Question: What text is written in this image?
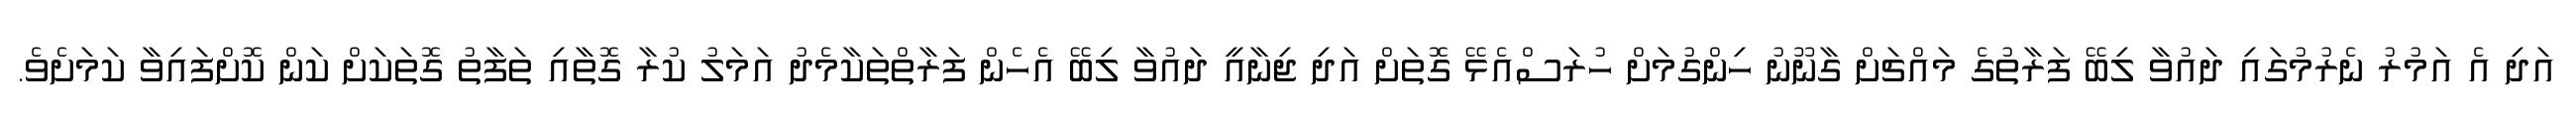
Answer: އަދި އެ އަމުރު ނެރުމުގައި ދައުވާ ލިބޭ ފަރާތުގެ މައްޗަށް ގާނޫނު ހިންގުމަށް ހުރަސްއެޅޭ ގޮތަށް އަދި ޖިނާއީ ދައުވާ ލިބޭ އެހެން ފަރާތްތަކާމެދު އަމަލު ކުރާ ގޮތާއި ތަފާތު ގޮތަކަށް ކަން ކޮށްފައިވާ ކަމަށެވެ.